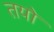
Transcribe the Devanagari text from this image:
तयो